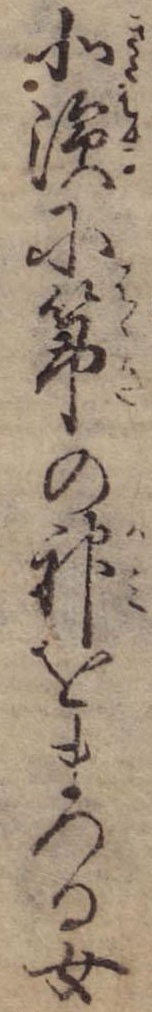
北浜に箒の神をまつる女